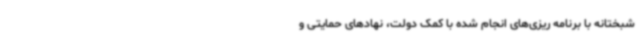
شبختانه با برنامه ریزی‌های انجام شده با کمک دولت، نهادهای حمایتی و